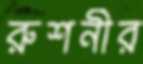
রুশনীর